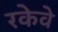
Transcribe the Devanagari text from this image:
रकेवे